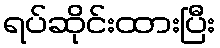
ရပ်ဆိုင်းထားပြီး